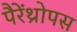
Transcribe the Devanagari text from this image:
पैरेंथ्रोपस